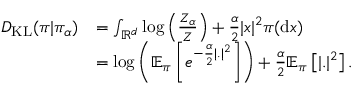
\begin{array} { r l } { D _ { \mathrm { K L } } ( \pi | \pi _ { \alpha } ) } & { = \int _ { \mathbb { R } ^ { d } } \mathrm { l o g } \left( \frac { Z _ { \alpha } } { Z } \right) + \frac { \alpha } { 2 } | x | ^ { 2 } \pi ( \mathrm { d } x ) } \\ & { = \mathrm { l o g } \left( \mathbb { E } _ { \pi } \left[ e ^ { - \frac { \alpha } { 2 } | . | ^ { 2 } } \right] \right) + \frac { \alpha } { 2 } \mathbb { E } _ { \pi } \left[ | . | ^ { 2 } \right] . } \end{array}